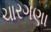
ચારગણા